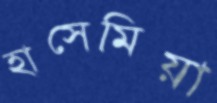
হাসেমিয়া